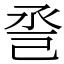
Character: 巹